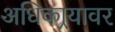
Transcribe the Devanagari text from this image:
अधिकार्‍यावर